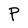
Character: P